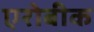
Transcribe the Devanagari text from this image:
एरोबीक